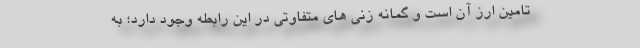
تامین ارز آن است و گمانه زنی های متفاوتی در این رابطه وجود دارد؛ به